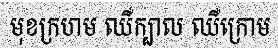
មុខក្រហម ឈឺក្បាល ឈឺក្រោម